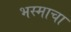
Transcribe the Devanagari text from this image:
भस्माचा